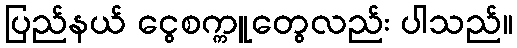
ပြည်နယ် ငွေစက္ကူတွေလည်း ပါသည်။